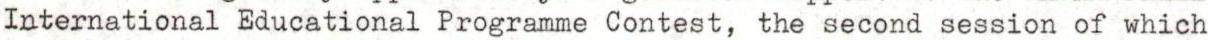
International Educational Programme Contest, the second session of which